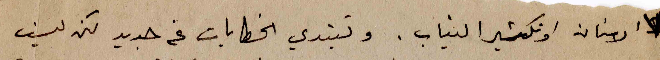
الاسنان او تكشير النياب. وتبتدي الخطابات عن جديد لكن ليست